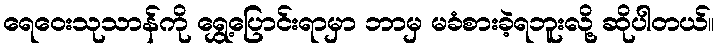
ရေဝေးသုသာန်ကို ရွှေ့ပြောင်းရာမှာ ဘာမှ မခံစားခဲ့ရဘူးလို့ ဆိုပါတယ်။